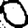
Digit: 0